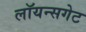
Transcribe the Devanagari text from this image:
लॉयन्सगेट